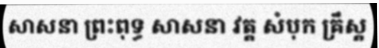
សាសនា ព្រះពុទ្ធ សាសនា វត្ត សំបុក គ្រឹស្ត